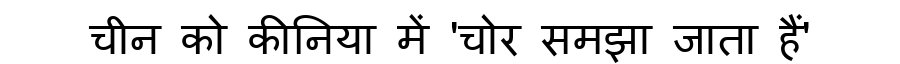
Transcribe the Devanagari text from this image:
चीन को कीनिया में 'चोर समझा जाता हैं'